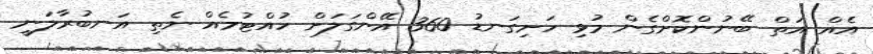
އެއް އަތް ބޭނުންކޮށްގެން މުޅި ހަށިގަނޑު 360 އޭންގަލަށް ހުއްޓުމެއް ނެތި އަނބުރާލަނީ